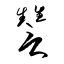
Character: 讐